Vaccine operations Central Provinces 1868-1885 - 1868-1885
Year: 1868
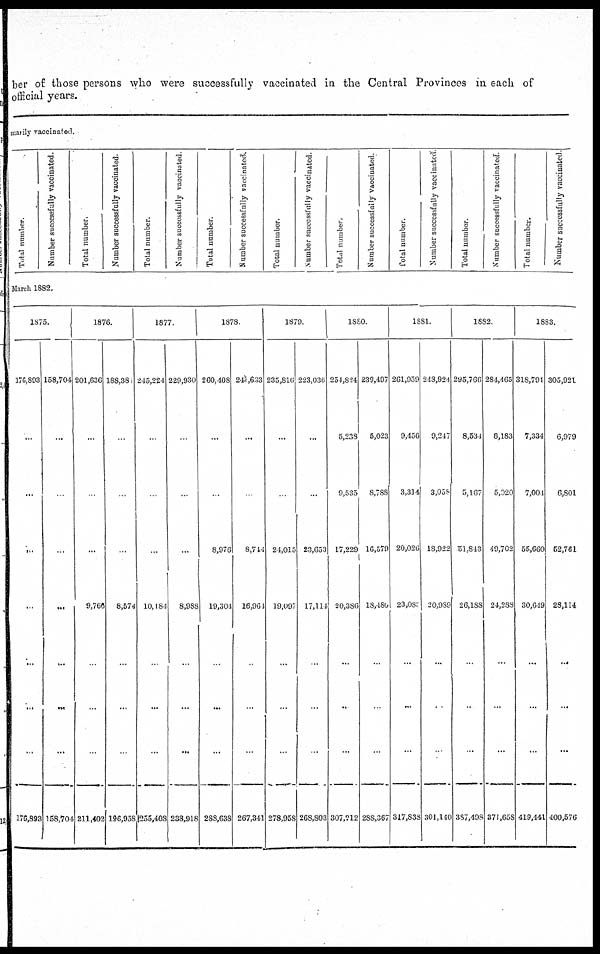
ber of those persons who were successfully vaccinated in the Central Provinces in each of
official years.
manly vaccinated.
Total number.
Number successfully vaccinated.
Total number.
Number successfully vaccinated.
Total number.
Number successfully vaccinated
Total number.
Number successfully vaccinated.
Total number.
Number successfully vaccinated.
Total number.
Number successfully vaccinated.
Total number.
Number successfully vaccinated.
Total number.
Number successfully vaccinated.
Total number.
Number successfully vaccinated.
March 1882.
1875.
176,893
...
...
...
...
...
...
...
176,893
158,704
...
...
...
...
...
...
...
158,704
1876.
201,636
...
...
...
9,766
...
...
...
211,402
188,381
...
...
...
8,574
...
...
...
196,958
1877.
245,224
...
...
...
10,184
...
...
...
255,408
229,930
...
...
...
8,988
...
...
...
238,918
1878.
260,408
...
...
8,976
19,304
...
...
...
288,638
240,603
...
...
8,744
16,964
...
...
...
267,341
1879.
235,816
...
...
24,015
19,097
...
...
...
278,958
223,036
...
...
23,653
17,114
...
...
...
268,803
1880.
254,824
5,238
9,535
17,229
20,386
...
...
...
307,212
239,497
5,023
8,788
16,579
18,480
...
...
...
288,367
1881.
261,959
9,456
3,314
20,026
23,080
...
...
...
317,838
248,924
9,247
3,058
18,922
20,989
...
...
...
301,140
1882.
295,766
8,534
5,167
51,843
26,188
...
...
...
387,498
284,465
8,183
5,020
49,702
24,288
...
...
...
371,658
1883.
318,794
7,334
7,001
55,660
30,619
...
...
...
419,441
305,921
6,979
6,801
52,761
28,114
...
...
...
400,576